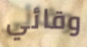
وقائي